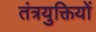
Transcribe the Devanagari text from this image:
तंत्रयुक्तियों